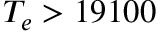
T _ { e } > 1 9 1 0 0